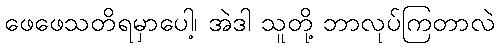
ဖေဖေသတိရမှာပေါ့၊ အဲဒါ သူတို့ ဘာလုပ်ကြတာလဲ